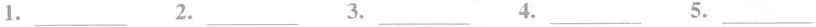
1.___ 2.___ 3.___ 4.___ 5.___